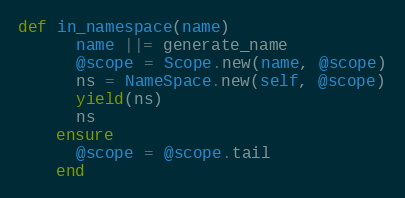
Language: Ruby
def in_namespace(name)
      name ||= generate_name
      @scope = Scope.new(name, @scope)
      ns = NameSpace.new(self, @scope)
      yield(ns)
      ns
    ensure
      @scope = @scope.tail
    end